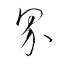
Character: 界